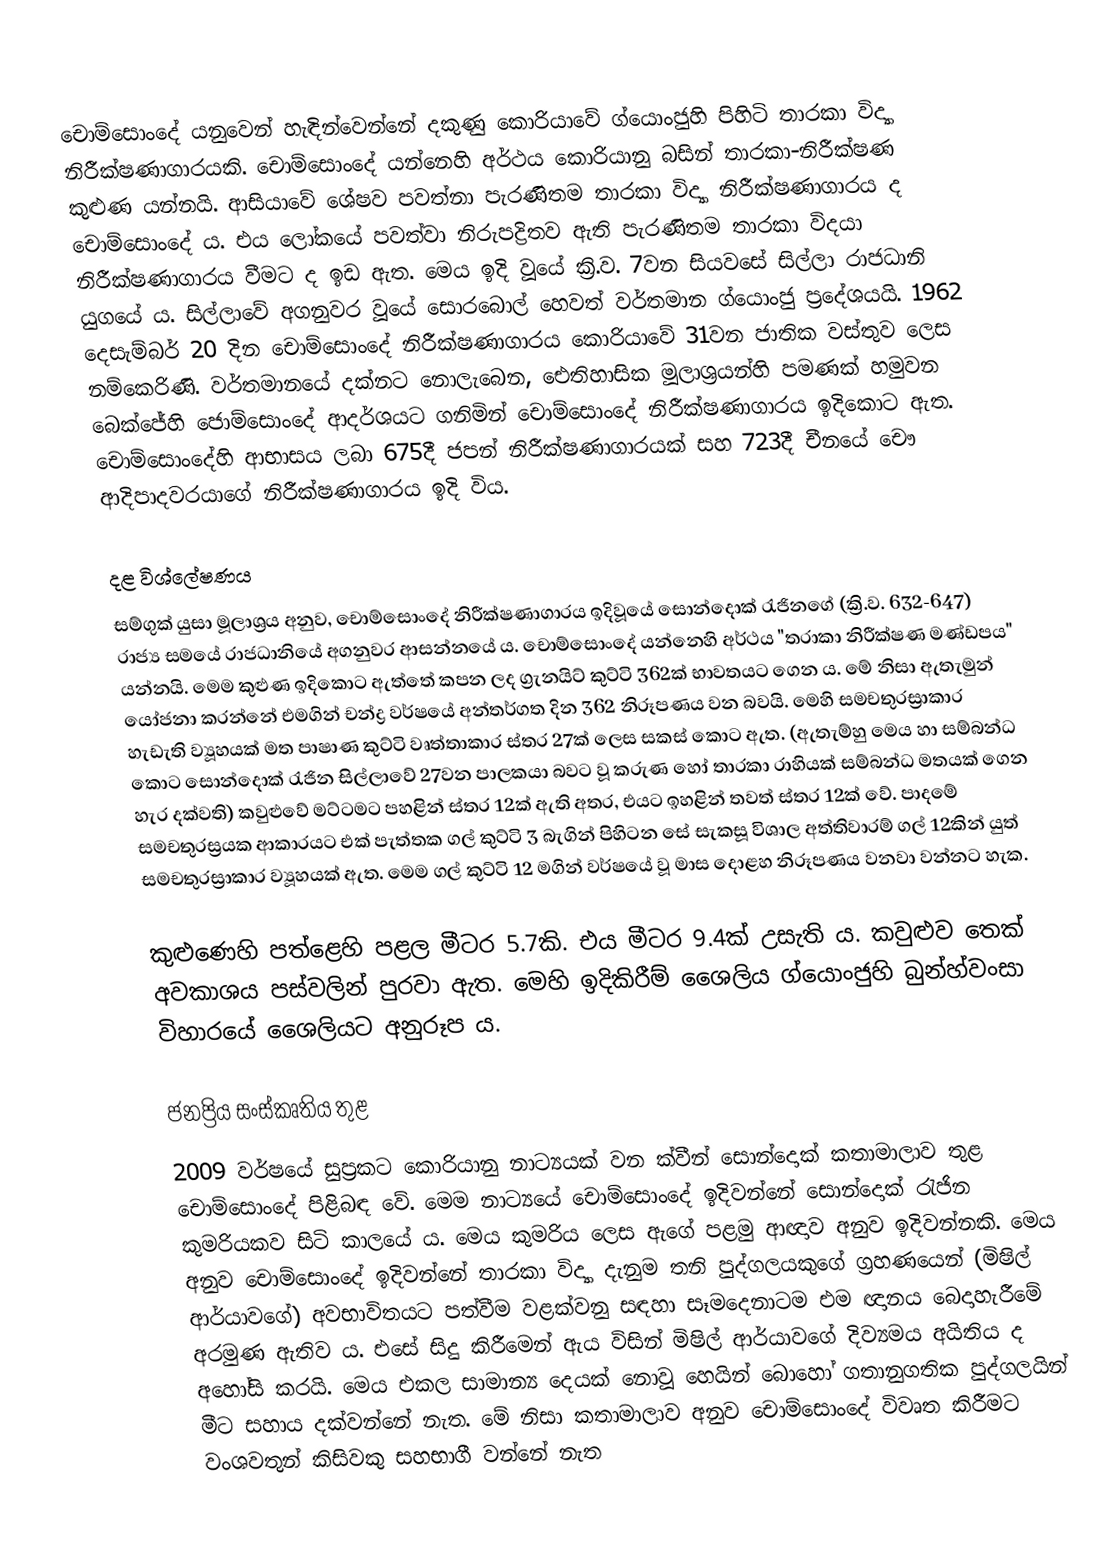
චොම්සොංදේ යනුවෙන් හැඳින්වෙන්නේ දකුණු කොරියාවේ ග්යොංජුහි පිහිටි තාරකා විද්‍යා නිරීක්ෂණාගාරයකි. චොම්සොංදේ යන්නෙහි අර්ථය කොරියානු බසින් තාරකා-නිරීක්ෂණ කුළුණ යන්නයි. ආසියාවේ ‍ශේෂව පවත්නා පැරණිතම තාරකා විද්‍යා නිරීක්ෂණාගාරය ද චොම්සොංදේ ය. එය ලෝකයේ පවත්වා නිරුපද්‍රිතව ඇති පැරණිතම තාරකා විදයා නිරීක්ෂණාගාරය වීමට ද ඉඩ ඇත. මෙය ඉදි වූයේ ක්‍රි.ව. 7වන සියවසේ සිල්ලා රාජධානි යුගයේ ය. සිල්ලාවේ අගනුවර වූයේ සොරබොල් හෙවත් වර්තමාන ග්යොංජු ප්‍රදේශයයි. 1962 දෙසැම්බර් 20 දින චොම්සොංදේ නිරීක්ෂණාගාරය කොරියාවේ 31වන ජාතික වස්තුව ලෙස නම්කෙරිණි. වර්තමානයේ දක්නට නොලැබෙන, ඓතිහාසික මූලාශ්‍රයන්හි පමණක් හමුවන බෙක්ජේහි ජොම්සොංදේ ආදර්ශයට ගනිමින් චොම්සොංදේ නිරීක්ෂණාගාරය ඉදිකොට ඇත. චොම්සොංදේහි ආභාසය ලබා 675දී ජපන් නිරීක්ෂණාගාරයක් සහ 723දී චීනයේ චෞ ආදිපාදවරයාගේ නිරීක්ෂණාගාරය ඉදි විය.

දළ විශ්ලේෂණය
සම්ගුක් යුසා මූලාශ්‍රය අනුව, චොම්සොංදේ නිරීක්ෂණාගාරය ඉදිවූයේ සොන්දොක් රැජිනගේ (ක්‍රි.ව. 632-647) රාජ්‍ය සමයේ රාජධානියේ අගනුවර ආසන්නයේ ය. චොම්සොංදේ යන්නෙහි අර්ථය "තරාකා නිරීක්ෂණ මණ්ඩපය" යන්නයි. මෙම කුළුණ ඉදිකොට ඇත්තේ කපන ලද ග්‍රැනයිට් කුට්ටි 362ක් භාවතයට ගෙන ය. මේ නිසා ඇතැමුන් යෝජනා කරන්නේ එමගින් චන්ද්‍ර වර්ෂයේ අන්තර්ගත දින 362 නිරූපණය වන බවයි. මෙහි සමචතුරස්‍රාකාර හැඩැති ව්‍යූහයක් මත පාෂාණ කුට්ටි වෘත්තාකාර ස්තර 27ක් ලෙස සකස් කොට ඇත. (ඇතැම්හු මෙය හා සම්බන්ධ කොට සොන්දොක් රැජින සිල්ලාවේ 27වන පාලකයා බවට වූ කරුණ හෝ තාරකා රාහියක් සම්බන්ධ මතයක් ගෙන හැර දක්වති) කවුළුවේ මට්ටමට පහළින් ස්තර 12ක් ඇති අතර, එයට ඉහළින් තවත් ස්තර 12ක් වේ. පාදමේ සමචතුරස්‍රයක ආකාරයට එක් පැත්තක ගල් කුට්ටි 3 බැගින් පිහිටන සේ සැකසූ විශාල අත්තිවාරම් ගල් 12කින් යුත් සමචතුරස්‍රාකාර ව්‍යූහයක් ඇත. මෙම ගල් කුට්ටි 12 මගින් වර්ෂයේ වූ මාස දොළහ නිරූපණය වනවා වන්නට හැක.

කුළුණෙහි පත්ළෙහි පළල මීටර 5.7කි. එය මීටර 9.4ක් උසැති ය. කවුළුව තෙක් අවකාශය පස්වලින් පුරවා ඇත. මෙහි ඉදිකිරීම් ශෛලිය ග්යොංජුහි බුන්හ්වංසා විහාරයේ ශෛලියට අනුරූප ය.

ජනප්‍රිය සංස්කෘතිය තුළ
2009 වර්ෂයේ සුප්‍රකට කොරියානු නාට්‍යයක් වන ක්වීන් සොන්දොක් කතාමාලාව තුළ චොම්සොංදේ පිළිබඳ වේ. මෙම නාට්‍යයේ චොම්සොංදේ ඉදිවන්නේ සොන්දොක් රැජින කුමරියකව සිටි කාලයේ ය. මෙය කුමරිය ලෙස ඇගේ පළමු ආඥාව අනුව ඉදිවන්නකි. මෙය අනුව චොම්සොංදේ ඉදිවන්නේ තාරකා විද්‍යා දැනුම තනි පුද්ගලයකුගේ ග්‍රහණයෙන් (මිෂිල් ආර්යාවගේ) අවභාවිතයට පත්වීම වළක්වනු සඳහා සෑමදෙනාටම එම ඥානය බෙදාහැරීමේ අරමුණ ඇතිව ය. එසේ සිදු කිරීමෙන් ඇය විසින් මිෂිල් ආර්යාවගේ දිව්‍යමය අයිතිය ද ‍අහෝසි කරයි. මෙය එකල සාමාන්‍ය දෙයක් නොවූ හෙයින් බොහෝ ගතානුගතික පුද්ගලයින් මීට සහාය දක්වන්නේ නැත. මේ නිසා කතාමාලාව අනුව චොම්සොංදේ විවෘත කිරීමට වංශවතුන් කිසිවකු සහභාගී වන්නේ නැත